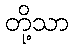
တို့သာ